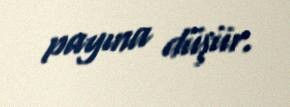
payına düşür.